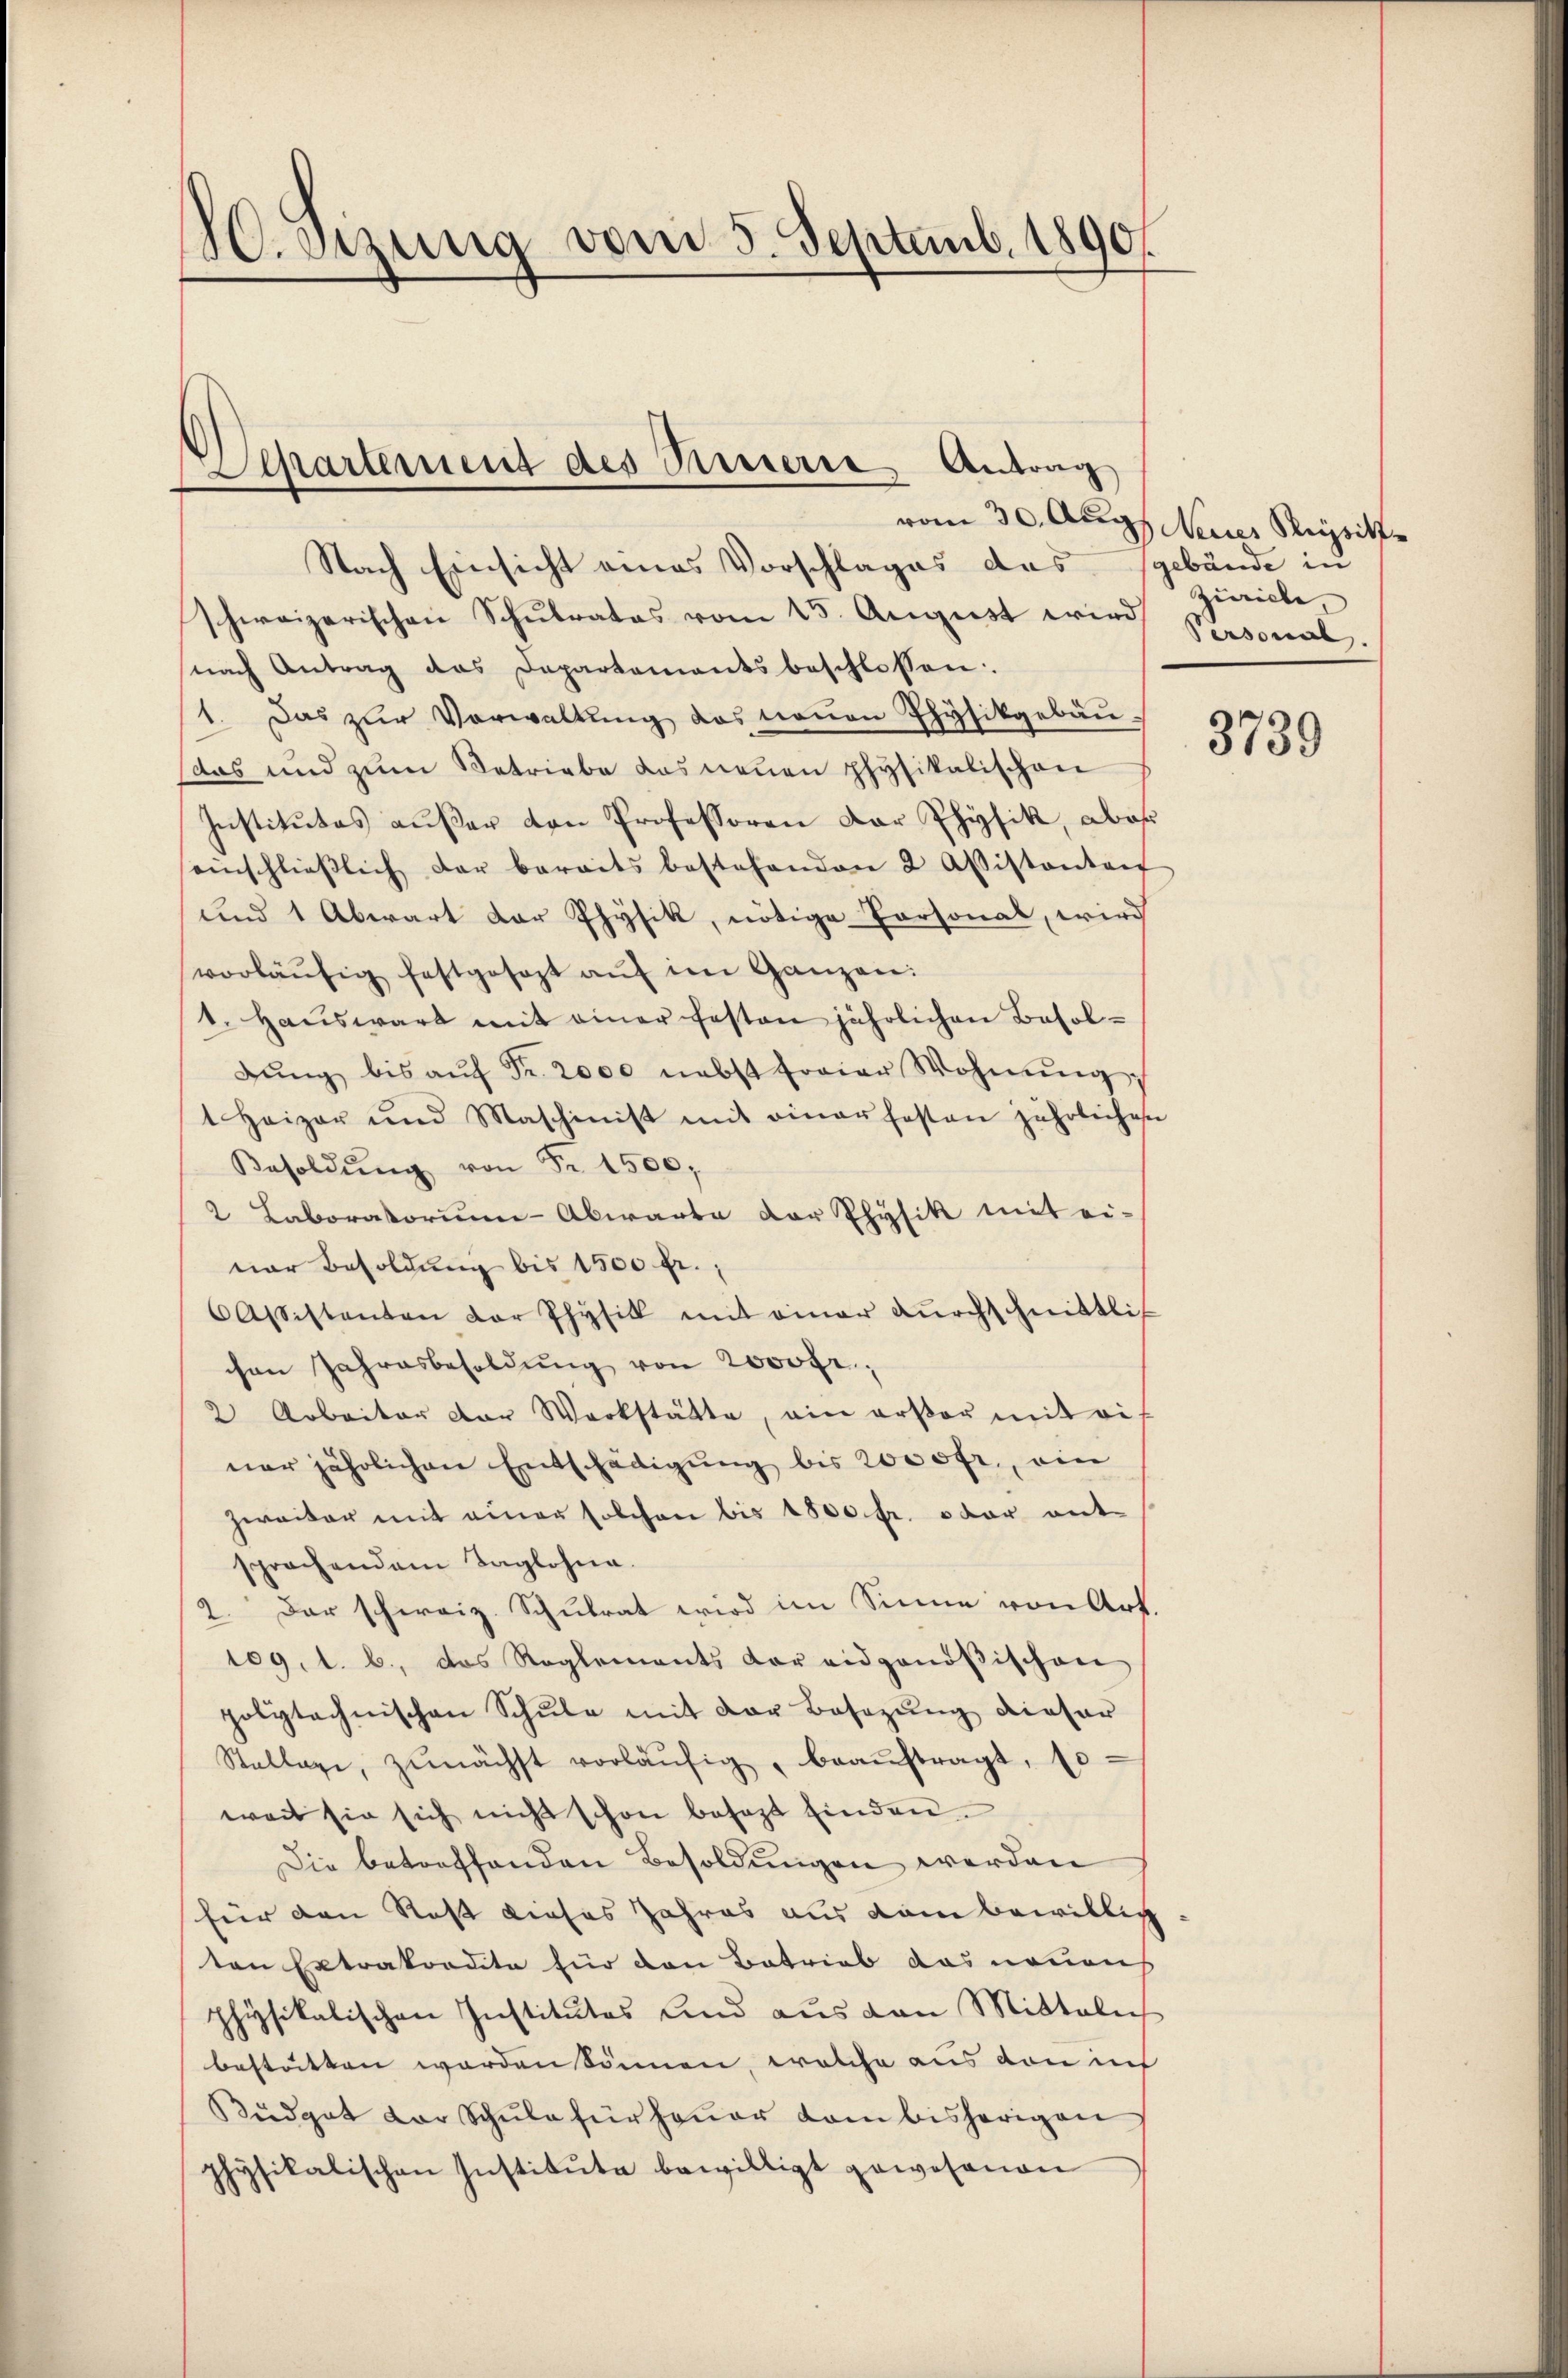
.enzung vom 5. Septemb. 1890.

Separtement des Presserre Antrag

Nach Einsicht eines Vorschlages das sgebäude in
schweizerischen Schŭlrates vom 15. August wird Zürich
snach Antrag das Departements beschlossen:
1. Das zŭr Verwaltŭng das neuen Physikgebäu-
(das und zum Betriebe das neuen physikalischen
Institutes außer den Professoren der Physik, aber
einschlieβlich der beraits bestehenden 2 Aistantent
und 1 Abwart der Physik, nötige Personal, wird
vorläŭfig festgesezt aŭf im Ganzen:
1. Haŭswart mit einer festen jährlichen Besolbŭng bis aŭf Fr. 2000 nebst freier Wohnŭng
t Heizer und Maschinist mit einer festen jährlichen
Besoldŭng von Fr. 1500,
2 Laboratorium Abwarte der Physik mit ei-
nar Besoldung bis 1500 fr.,
 Assistanten der Physik mit einer Dŭrchschnittlich
chen Jahresbesoldŭng von 2000fr.,
2 Arbeiter der Werkstätte, ein erstor mit eif
ner jährlichen Entschädigung bis 2000fr., ein
zweiter mit einer solchen bis 1800 fr. oder ent-
sprochendem Taglohne.
2. Der schweiz. Schulrat wird im Sinne von Art.
109. 1. b., das Reglements der eidgenößischen
polytechnischen Schŭle mit der Besazung dieser
Stallage, zŭnächst vorläŭfig beaŭftragt, so
weit sie sich nicht schon besagt finden.
Die betreffenden Besoldungen werden
für den Rest dieses Jahres aus dem bewillig
ten Extrakordite für den Betrieb das neuens
physikalischen Institutes und aus den Mitteln
bestätten werden können, welche aus den in
Büdget der Schŭle für heŭer dam bisherigen
physikalischen Institŭte bewilligt gewesenen

vom 30. Aug Neues Stupsitt
Personal.

3739